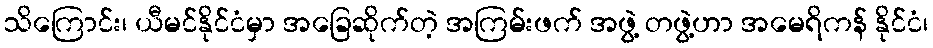
သိကြောင်း၊ ယီမင်နိုင်ငံမှာ အခြေဆိုက်တဲ့ အကြမ်းဖက် အဖွဲ့ တဖွဲ့ဟာ အမေရိကန် နိုင်ငံ၊